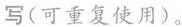
写(可重复使用)。